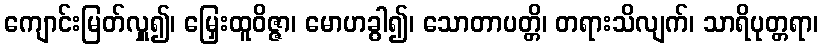
ကျောင်းမြတ်လှူ၍၊ မြှေးထူဝိဇ္ဇာ၊ မောဟခွါ၍၊ သောတာပတ္တိ၊ တရားသိလျက်၊ သာရိပုတ္တရာ၊